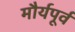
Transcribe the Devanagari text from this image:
मौर्यपूर्व